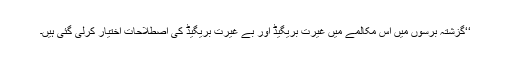
‘‘گزشتہ برسوں میں اس مکالمے میں غیرت بریگیڈ اور بے غیرت بریگیڈ کی اصطلاحات اختیار کرلی گئی ہیں۔